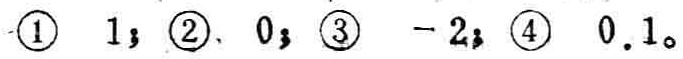
\textcircled{1} \(1\)；\textcircled{2} \(0\)；\textcircled{3} \(-2\)；\textcircled{4} \(0.1\)